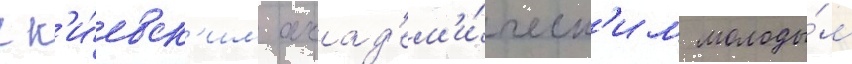
с к'и́евск'им акад'ем'и́ческ'им молоды́м